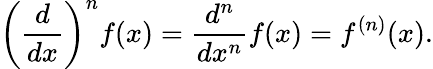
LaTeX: \left({\frac{d}{dx}}\right)^{n}f(x)={\frac{d^{n}}{dx^{n}}}f(x)=f^{(n)}(x).